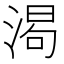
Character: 𬈌